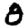
Digit: 8